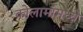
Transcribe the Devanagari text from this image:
कोलामांमध्ये